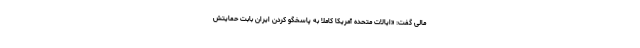
مالی گفت: «ایالات متحده آمریکا کاملاً به پاسخگو کردن ایران بابت حمایتش